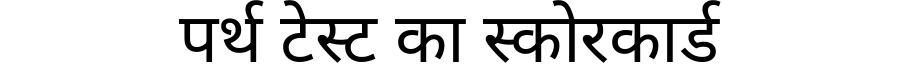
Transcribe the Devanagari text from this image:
पर्थ टेस्ट का स्कोरकार्ड